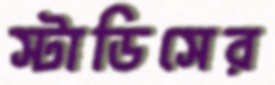
স্টাডিসের